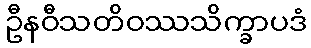
ဦနဝီသတိဝဿသိက္ခာပဒံ